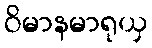
ဝိမာနမာရုယှ